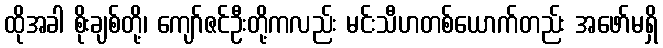
ထိုအခါ စိုးချစ်တို့၊ ကျော်ဇင်ဦးတို့ကလည်း မင်းသီဟတစ်ယောက်တည်း အဖော်မရှိ